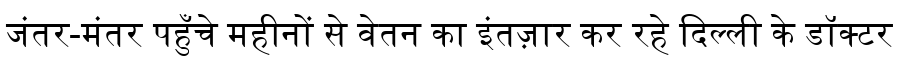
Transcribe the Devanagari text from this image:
जंतर-मंतर पहुँचे महीनों से वेतन का इंतज़ार कर रहे दिल्ली के डॉक्टर